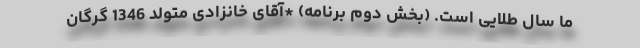
ما سال طلایی است. (بخش دوم برنامه) *آقای خانزادی متولد 1346 گرگان